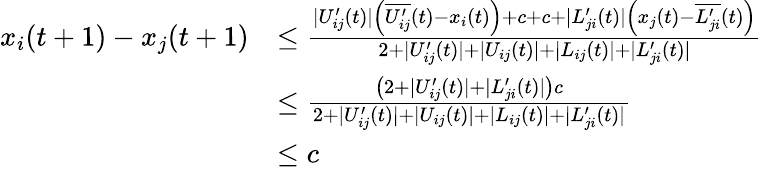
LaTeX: \begin{array}{rl}{x_{i}(t+1)-x_{j}(t+1)}&{\leq\frac{|U_{ij}^{\prime}(t)|\left(\overline{{U_{ij}^{\prime}}}(t)-x_{i}(t)\right)+c+c+|L_{ji}^{\prime}(t)|\left(x_{j}(t)-\overline{{L_{ji}^{\prime}}}(t)\right)}{2+|U_{ij}^{\prime}(t)|+|U_{ij}(t)|+|L_{ij}(t)|+|L_{ji}^{\prime}(t)|}}\\ &{\leq\frac{\left(2+|U_{ij}^{\prime}(t)|+|L_{ji}^{\prime}(t)|\right)c}{2+|U_{ij}^{\prime}(t)|+|U_{ij}(t)|+|L_{ij}(t)|+|L_{ji}^{\prime}(t)|}}\\ &{\leq c}\end{array}